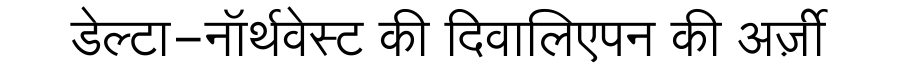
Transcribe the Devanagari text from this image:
डेल्टा-नॉर्थवेस्ट की दिवालिएपन की अर्ज़ी